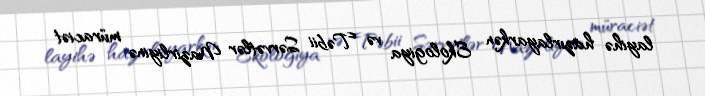
layihə hazırlayarkən Ekologiya və Təbii Sərvətlər Nazirliyinə müraciət